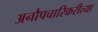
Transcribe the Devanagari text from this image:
अनौपचारिकरीत्या